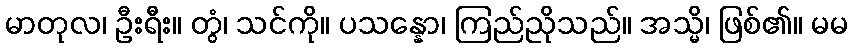
မာတုလ၊ ဦးရီး။ တွံ၊ သင်ကို။ ပသန္နော၊ ကြည်ညိုသည်။ အသ္မိ၊ ဖြစ်၏။ မမ